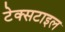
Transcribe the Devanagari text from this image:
टेक्‍सटाइल